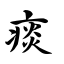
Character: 痰